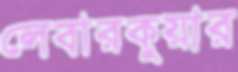
লেবারকুয়ার